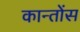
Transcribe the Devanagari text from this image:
कान्तोंस